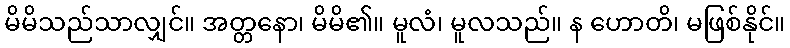
မိမိသည်သာလျှင်။ အတ္တနော၊ မိမိ၏။ မူလံ၊ မူလသည်။ န ဟောတိ၊ မဖြစ်နိုင်။